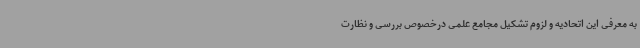
به معرفی این اتحادیه و لزوم تشکیل مجامع علمی درخصوص بررسی و نظارت